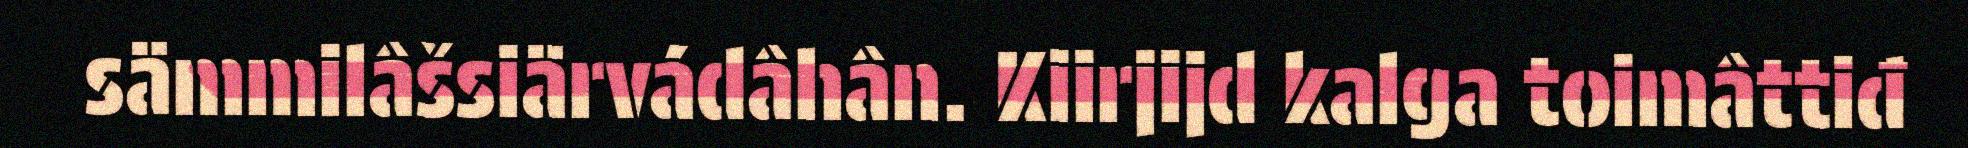
sämmilâšsiärvádâhân. Kiirjijd kalga toimâttiđ